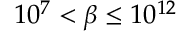
1 0 ^ { 7 } < \beta \le 1 0 ^ { 1 2 }